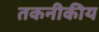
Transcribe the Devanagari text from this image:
तकनीकीय